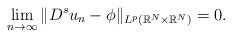
\begin{align*}\lim_{n\to\infty} \|D^s u_n-\phi\|_{L^p(\mathbb{R}^N\times\mathbb{R}^N)}=0.\end{align*}